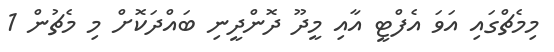
މިމެޗްގައި އަވަ އެފްޓީ އާއި މީދޫ ދޮންދީނި ބައްދަކޮށް މި މެޗުން 1